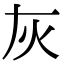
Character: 灰